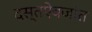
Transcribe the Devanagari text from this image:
दस्तऐवजांत